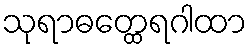
သုရာဓတ္ထေရဂါထာ